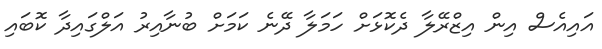
އައިއެސް އިން އިޒްރޭލާ ދެކޮޅަށް ހަމަލާ ދޭނެ ކަމަށް ބުނާއިރު އަލްގައިދާ ކޮބައި